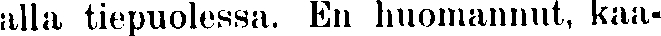
alla tiepuolessa. En huomannut, kaa-